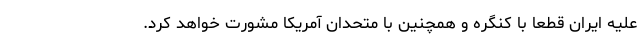
علیه ایران قطعاً با کنگره و همچنین با متحدان آمریکا مشورت خواهد کرد.